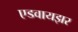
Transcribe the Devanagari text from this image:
एडवायझर